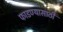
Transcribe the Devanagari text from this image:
फाडण्यासाठी